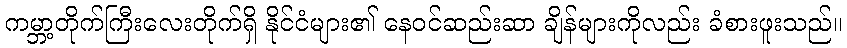
ကမ္ဘာ့တိုက်ကြီးလေးတိုက်ရှိ နိုင်ငံများ၏ နေဝင်ဆည်းဆာ ချိန်များကိုလည်း ခံစားဖူးသည်။